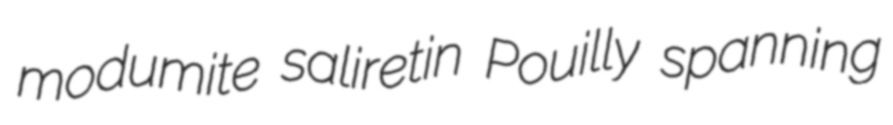
modumite saliretin Pouilly spanning